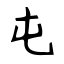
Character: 屯